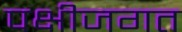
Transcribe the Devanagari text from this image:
पक्षीजगत